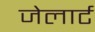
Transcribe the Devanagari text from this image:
जेलार्ट